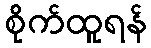
စိုက်ထူရန်